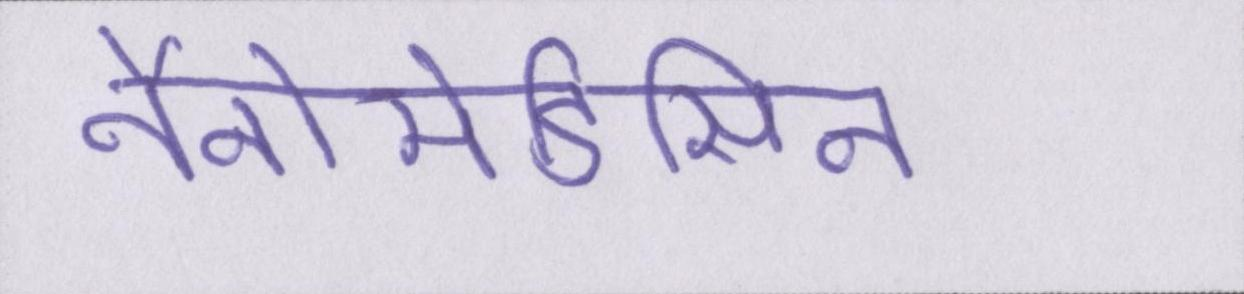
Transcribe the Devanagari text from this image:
नैनोमेडिसिन